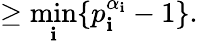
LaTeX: \geq{\underset{\mathbf{i}}{\min}}\{ p_{\mathbf{i}}^{\alpha_{\mathbf{i}}}-1\} .